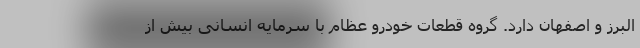
البرز و اصفهان دارد. گروه قطعات خودرو عظام با سرمایه انسانی بیش از